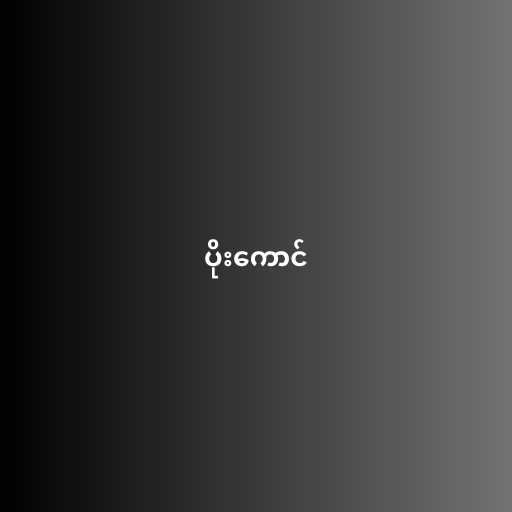
ပိုးကောင်